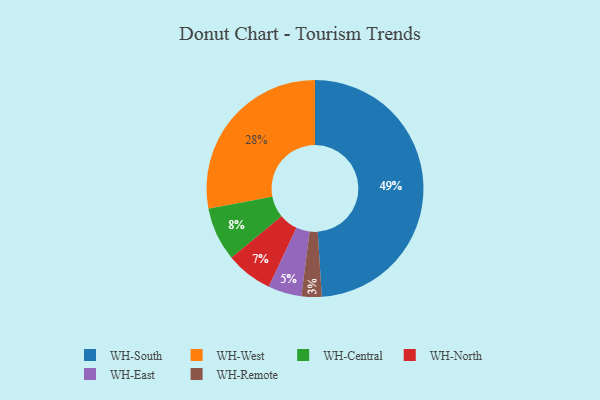
{"axis": {"x": "Category", "y": "Percentage"}, "legend": ["WH-Central", "WH-East", "WH-North", "WH-Remote", "WH-South", "WH-West"], "data": [{"x": "WH-Remote", "y": 3, "type": "WH-Remote"}, {"x": "WH-Central", "y": 8, "type": "WH-Central"}, {"x": "WH-East", "y": 5, "type": "WH-East"}, {"x": "WH-West", "y": 28, "type": "WH-West"}, {"x": "WH-North", "y": 7, "type": "WH-North"}, {"x": "WH-South", "y": 49, "type": "WH-South"}]}